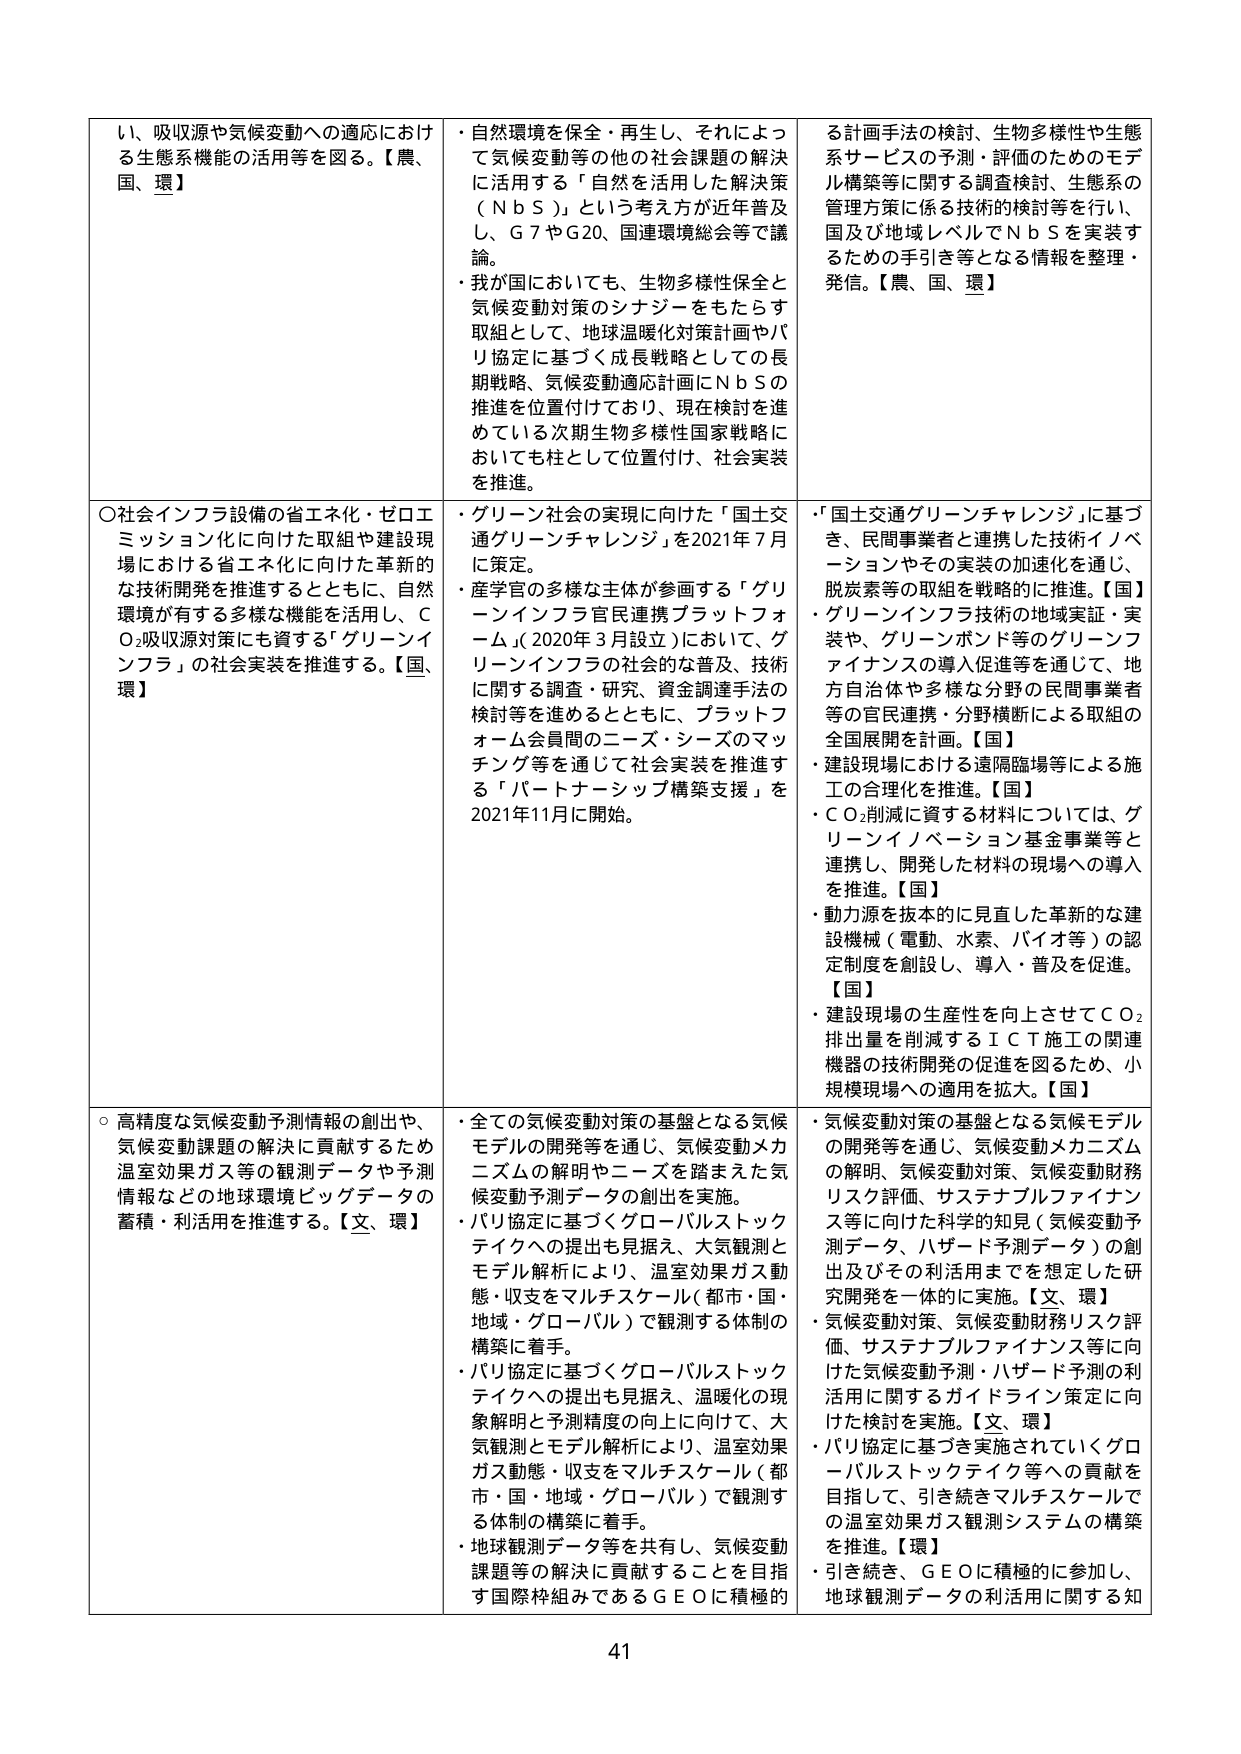
い、吸収源や気候変動への適応における生態系機能の活用等を図る。【農、国、環】
・自然環境を保全・再生し、それによって気候変動等の他の社会課題の解決に活用する「自然を活用した解決策（ＮｂＳ）」という考え方が近年普及し、Ｇ７やＧ20、国連環境総会等で議論。
・我が国においても、生物多様性保全と気候変動対策のシナジーをもたらす取組として、地球温暖化対策計画やパリ協定に基づく成長戦略としての長期戦略、気候変動適応計画にＮｂＳの推進を位置付けており、現在検討を進めている次期生物多様性国家戦略においても柱として位置付け、社会実装を推進。
る計画手法の検討、生物多様性や生態系サービスの予測・評価のためのモデル構築等に関する調査検討、生態系の管理方策に係る技術的検討等を行い、国及び地域レベルでＮｂＳを実装するための手引き等となる情報を整理・発信。【農、国、環】

○社会インフラ設備の省エネ化・ゼロエミッション化に向けた取組や建設現場における省エネ化に向けた革新的な技術開発を推進するとともに、自然環境が有する多様な機能を活用し、ＣＯ₂吸収源対策にも資する「グリーンインフラ」の社会実装を推進する。【国、環】
・グリーン社会の実現に向けた「国土交通グリーンチャレンジ」を2021年7月に策定。
・産学官の多様な主体が参画する「グリーンインフラ官民連携プラットフォーム」（2020年3月設立）において、グリーンインフラの社会的な普及、技術に関する調査・研究、資金調達手法の検討等を進めるとともに、プラットフォーム会員間のニーズ・シーズのマッチング等を通じて社会実装を推進する「パートナーシップ構築支援」を2021年11月に開始。
・「国土交通グリーンチャレンジ」に基づき、民間事業者と連携した技術イノベーションやその実装の加速化を通じ、脱炭素等の取組を戦略的に推進。【国】
・グリーンインフラ技術の地域実証・実装や、グリーンボンド等のグリーンファイナンスの導入促進等を通じて、地方自治体や多様な分野の民間事業者等の官民連携・分野横断による取組の全国展開を計画。【国】
・建設現場における遠隔臨場等による施工の合理化を推進。【国】
・ＣＯ₂削減に資する材料については、グリーンイノベーション基金事業等と連携し、開発した材料の現場への導入を推進。【国】
・動力源を抜本的に見直した革新的な建設機械（電動、水素、バイオ等）の認定制度を創設し、導入・普及を促進。【国】
・建設現場の生産性を向上させてＣＯ₂排出量を削減するＩＣＴ施工の関連機器の技術開発の促進を図るため、小規模現場への適用を拡大。【国】

○高精度な気候変動予測情報の創出や、気候変動課題の解決に貢献するため温室効果ガス等の観測データや予測情報などの地球環境ビッグデータの蓄積・利活用を推進する。【文、環】
・全ての気候変動対策の基盤となる気候モデルの開発等を通じ、気候変動メカニズムの解明やニーズを踏まえた気候変動予測データの創出を実施。
・パリ協定に基づくグローバルストックテイクへの提出も見据え、大気観測とモデル解析により、温室効果ガス動態・収支をマルチスケール（都市・国・地域・グローバル）で観測する体制の構築に着手。
・パリ協定に基づくグローバルストックテイクへの提出も見据え、温暖化の現象解明と予測精度の向上に向けて、大気観測とモデル解析により、温室効果ガス動態・収支をマルチスケール（都市・国・地域・グローバル）で観測する体制の構築に着手。
・地球観測データ等を共有し、気候変動課題等の解決に貢献することを目指す国際枠組みであるＧＥＯに積極的
・気候変動対策の基盤となる気候モデルの開発等を通じ、気候変動メカニズムの解明、気候変動対策、気候変動財務リスク評価、サステナブルファイナンス等に向けた科学的知見（気候変動予測データ、ハザード予測データ）の創出及びその利活用までを想定した研究開発を一体的に実施。【文、環】
・気候変動対策、気候変動財務リスク評価、サステナブルファイナンス等に向けた気候変動予測・ハザード予測の利活用に関するガイドライン策定に向けた検討を実施。【文、環】
・パリ協定に基づき実施されていくグローバルストックテイク等への貢献を目指して、引き続きマルチスケールでの温室効果ガス観測システムの構築を推進。【環】
・引き続き、ＧＥＯに積極的に参加し、地球観測データの利活用に関する知

41